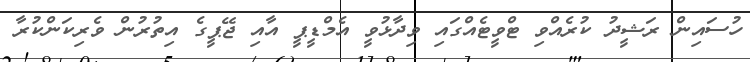
ހުސައިން ރަޝީދު ކުރެއްވި ޓްވީޓެއްގައި ވިދާޅުވީ އެމްޑީޕީ އާއި ޖޭޕީގެ އިތުރުން ވެރިކަންކުރާ